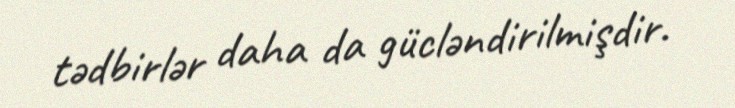
tədbirlər daha da gücləndirilmişdir.